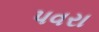
પવરા